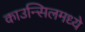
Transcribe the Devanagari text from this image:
काउन्सिलमध्ये